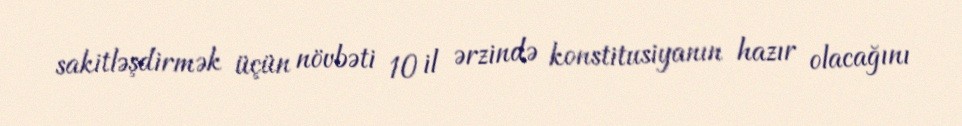
sakitləşdirmək üçün növbəti 10 il ərzində konstitusiyanın hazır olacağını